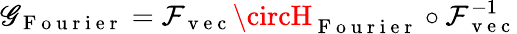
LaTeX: \mathscr{G}_{\mathrm{{~F~o~u~r~i~e~r~}}}=\mathcal{{F}}_{\mathrm{{~v~e~c~}}}\circH_{\mathrm{{~F~o~u~r~i~e~r~}}}\circ\mathcal{{F}}_{\mathrm{{~v~e~c~}}}^{-1}